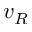
v _ { R }